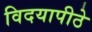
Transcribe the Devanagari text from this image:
विदयापीठे